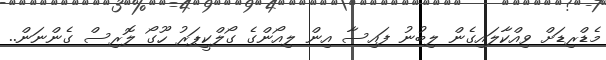
މެޑްރިޑަށް ވިއްކާލައިގެން ލިބުނު ފައިސާ އިން ލިއޯންގެ ގޯލްކީޕަރު ހޫގޯ ލޮރިސް ގެންނަން..